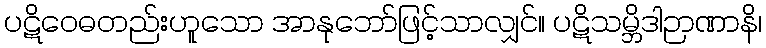
ပဋိဝေဓတည်းဟူသော အာနုဘော်ဖြင့်သာလျှင်။ ပဋိသမ္ဘိဒါဉာဏာနိ၊